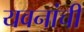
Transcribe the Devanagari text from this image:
यवनांची